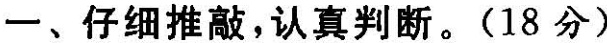
一、仔细推敲，认真判断。(18分)